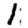
Digit: 1